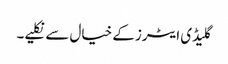
گلیڈی ایٹرز کے خیال سے نکلیے۔